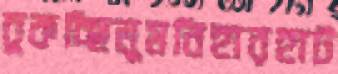
চুকচ্ছিলুমবিহারহাট